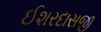
ઈશરદાસજી